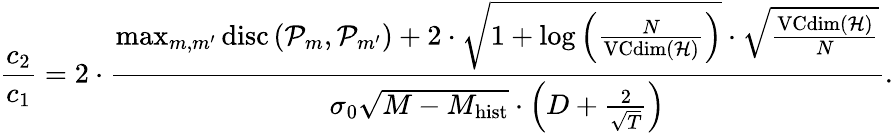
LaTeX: \frac{c_{2}}{c_{1}}=2\cdot\frac{\operatorname*{max}_{m,m^{\prime}}\mathrm{disc}\left(\mathcal{P}_{m},\mathcal{P}_{m^{\prime}}\right)+2\cdot\sqrt{1+\log\left(\frac{N}{\mathrm{VCdim}\left(\mathcal{H}\right)}\right)}\cdot\sqrt{\frac{\mathrm{VCdim}\left(\mathcal{H}\right)}{N}}}{\sigma_{0}\sqrt{M-M_{\mathrm{hist}}}\cdot\left(D+\frac{2}{\sqrt{T}}\right)}.